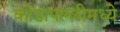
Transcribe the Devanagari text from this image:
कोंडापल्लीमध्ये